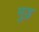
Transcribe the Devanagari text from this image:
मुड़़